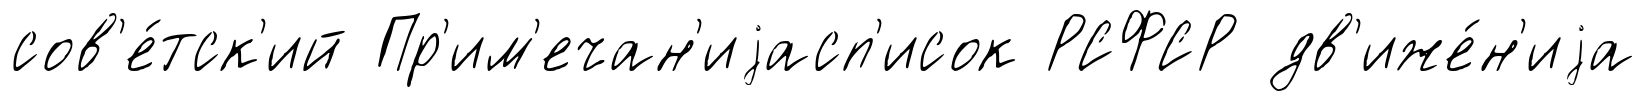
сов'е́тск'ий Пр'им'ечан'иjасп'исок РСФСР дв'иже́н'иjа